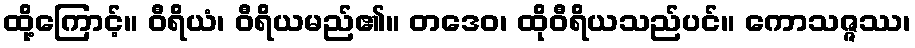
ထို့ကြောင့်။ ဝီရိယံ၊ ဝီရိယမည်၏။ တဒေဝ၊ ထိုဝီရိယသည်ပင်။ ကောသဇ္ဇဿ၊